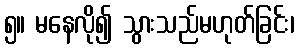
၅။ မနေလို၍ သွားသည်မဟုတ်ခြင်း၊